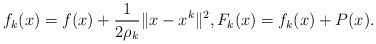
\begin{align*}f_k(x) = f(x)+\frac{1}{2\rho_k}\|x-x^k\|^2, F_k(x) = f_k(x)+P(x). \end{align*}